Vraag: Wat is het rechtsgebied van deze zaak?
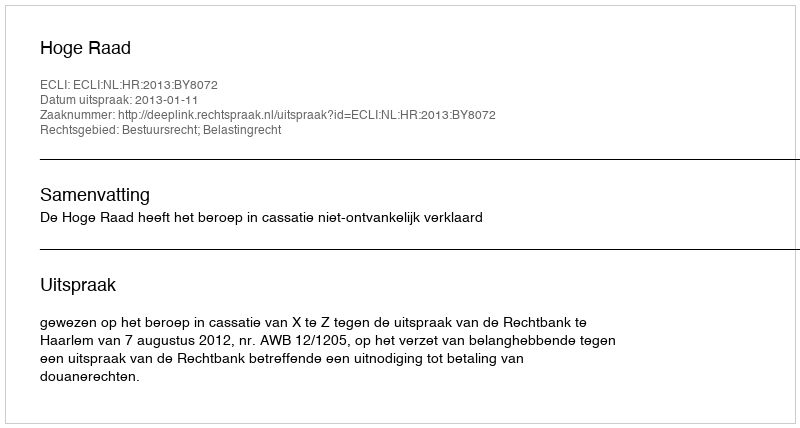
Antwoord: Bestuursrecht; Belastingrecht